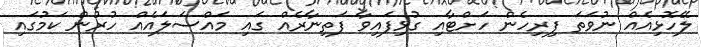
ލޭހޮޅިއެއް ނުވަތަ ފިރިހެން ހަށްޓާއި ގުޅިފައިވާ ފަތިނާރެއް ގައި މައްސަލައެއް ހުރުން ކަމުގައި